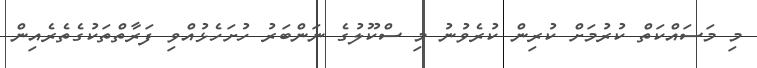
މި މަސައްކަތް ކުރުމަށް ކުރިން ކުރެވުނު މި ސްކޫލުގެ ނަންބަރު ހުށަހެޅުއްވި ފަރާތްތަކުގެތެރެއިން